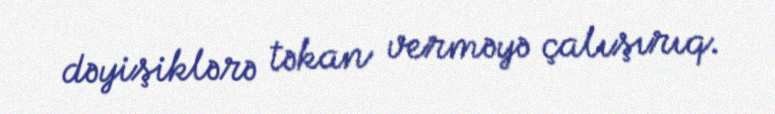
dəyişiklərə təkan verməyə çalışırıq.